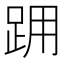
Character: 𨀍